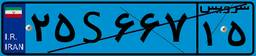
۲۵S۶۶۷۱۵